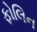
ફોલિન